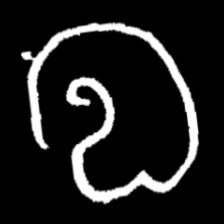
Pyu character \u2014 Myanmar letter: လ (romanized: la)